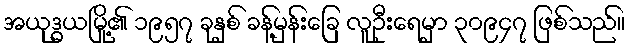
အယုဒ္ဓယမြို့၏ ၁၉၅၇ ခုနှစ် ခန့်မှန်းခြေ လူဦးရေမှာ ၃၀၉၄၇ ဖြစ်သည်။